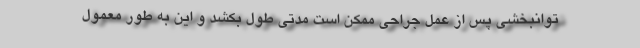
توانبخشی پس از عمل جراحی ممکن است مدتی طول بکشد و این به طور معمول